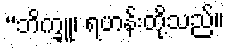
“ဘိက္ခူ၊ ရဟန်းတို့သည်။